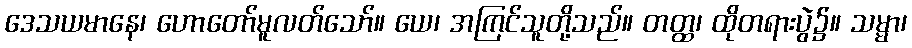
ဒေသယမာနေ၊ ဟောတော်မူလတ်သော်။ ယေ၊ အကြင်သူတို့သည်။ တတ္ထ၊ ထိုတရားပွဲ၌။ သမ္မာ၊